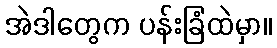
အဲဒါတွေက ပန်းခြံထဲမှာ။